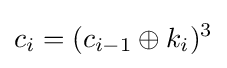
c_{i}=(c_{i-1}\oplus k_{i})^{3}